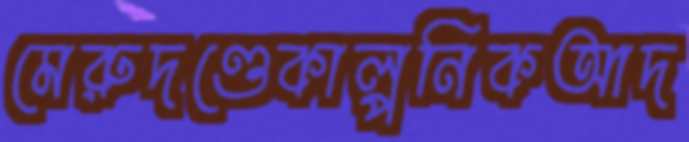
মেরুদণ্ডেকাল্পনিকআদ